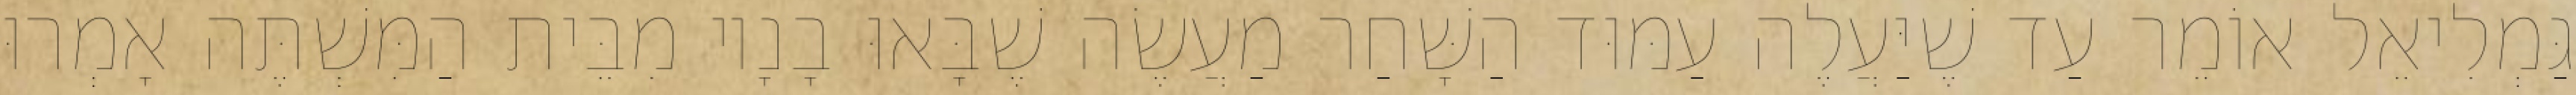
גַּמְלִיאֵל אוֹמֵר עַד שֶׁיַּעֲלֶה עַמּוּד הַשָּׁחַר מַעֲשֶׂה שֶׁבָּאוּ בָנָיו מִבֵּית הַמִּשְׁתֶּה אָמְרוּ